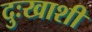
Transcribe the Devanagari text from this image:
दुःखाशी